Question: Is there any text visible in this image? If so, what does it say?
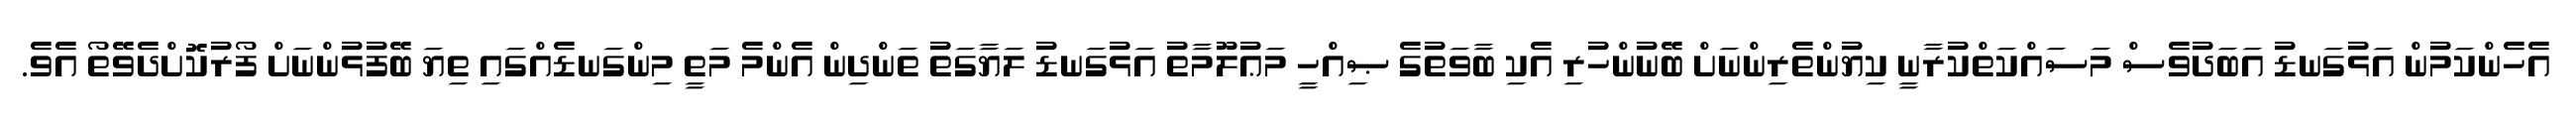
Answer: އެހެންކަމުން އަޅުގަނޑު އަބަދުވެސް މަސައްކަތްކުރާނީ ކިޔުންތެރިންނަށް ބޭނުންހުރި އެކި ބާވަތުގެ ޞިއްހީ މަޢުލޫމާތު އަޅުގަނޑު ލަޔާގަތު ތަންދިން އެންމެ މަތީ މިންގަނޑެއްގައި ތިޔަ ބޭފުޅުންނަށް ފޯރުކޮށްދެވޭތޯ އެވެ.